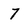
Character: 7